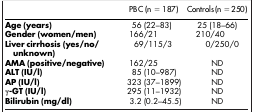
<table><thead><tr><td><b> </b></td><td><b>PBC (n = 187)</b></td><td><b>Controls (n = 250)</b></td></tr></thead><tbody><tr><td><b>Age (years)</b></td><td>56 (22–83)</td><td>25 (18–66)</td></tr><tr><td><b>Gender (women/men)</b></td><td>166/21</td><td>210/40</td></tr><tr><td><b>Liver cirrhosis (yes/no/unknown)</b></td><td>69/115/3</td><td>0/250/0</td></tr><tr><td><b>AMA (positive/negative)</b></td><td>162/25</td><td>ND</td></tr><tr><td><b>ALT (IU/l)</b></td><td>85 (10–987)</td><td>ND</td></tr><tr><td><b>AP (IU/l)</b></td><td>323 (37–1899)</td><td>ND</td></tr><tr><td><b>γ-GT (IU/l)</b></td><td>295 (11–1932)</td><td>ND</td></tr><tr><td><b>Bilirubin (mg/dl)</b></td><td>3.2 (0.2–45.5)</td><td>ND</td></tr></tbody></table>